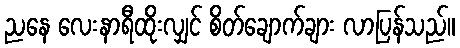
ညနေ လေးနာရီထိုးလျှင် စိတ်ချောက်ချား လာပြန်သည်။